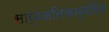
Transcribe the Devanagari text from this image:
सार्वजनिकत्वरित